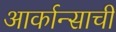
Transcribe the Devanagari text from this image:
आर्कान्साची